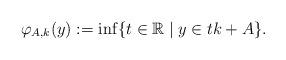
LaTeX: \begin{align*}\varphi_{A,k} (y):= \inf \{t\in{\mathbb{R}} \mid y\in tk + A\}. \end{align*}